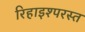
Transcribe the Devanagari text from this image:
रिहाइश्परस्त